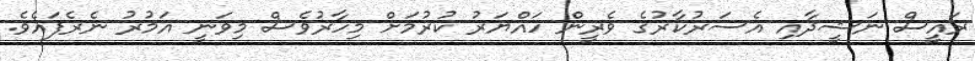
ރައީސް ނަޝީދާއި އެސަރުކާރުގެ ވެރީން ހައްޔަރު ކުރުމަށް މިހާރުވެސް މިވަނީ އަމުރު ނެރެފައެވެ.